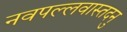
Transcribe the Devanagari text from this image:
नवपल्लवास्तदनु